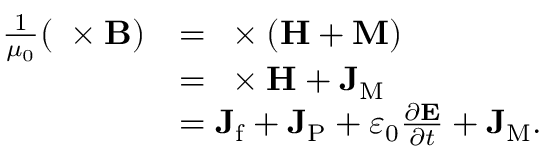
{ \begin{array} { r l } { { \frac { 1 } { \mu _ { 0 } } } ( \mathbf { \nabla } \times \mathbf { B } ) } & { = \mathbf { \nabla } \times \left( \mathbf { H } + \mathbf { M } \right) } \\ & { = \mathbf { \nabla } \times \mathbf { H } + \mathbf { J } _ { \mathrm { M } } } \\ & { = \mathbf { J } _ { \mathrm { f } } + \mathbf { J } _ { \mathrm { P } } + \varepsilon _ { 0 } { \frac { \partial \mathbf { E } } { \partial t } } + \mathbf { J } _ { \mathrm { M } } . } \end{array} }